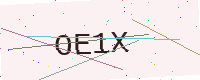
Text: OE1X